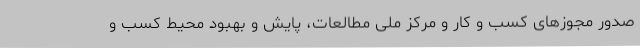
صدور مجوزهای کسب و کار و مرکز ملی مطالعات، پایش و بهبود محیط کسب و